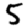
Digit: 5